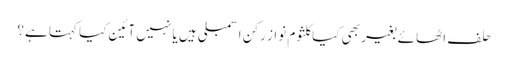
حلف اٹھائے بغیر بھی کیاکلثوم نواز رکن اسمبلی ہیں یا نہیں آئین کیا کہتا ہے؟